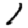
Digit: 1